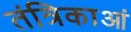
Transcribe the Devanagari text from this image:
तंत्रिकाआं